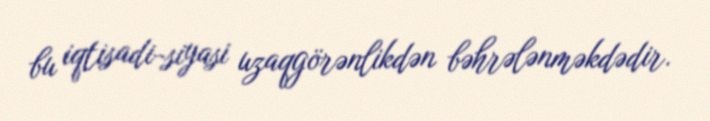
bu iqtisadi-siyasi uzaqgörənlikdən bəhrələnməkdədir.